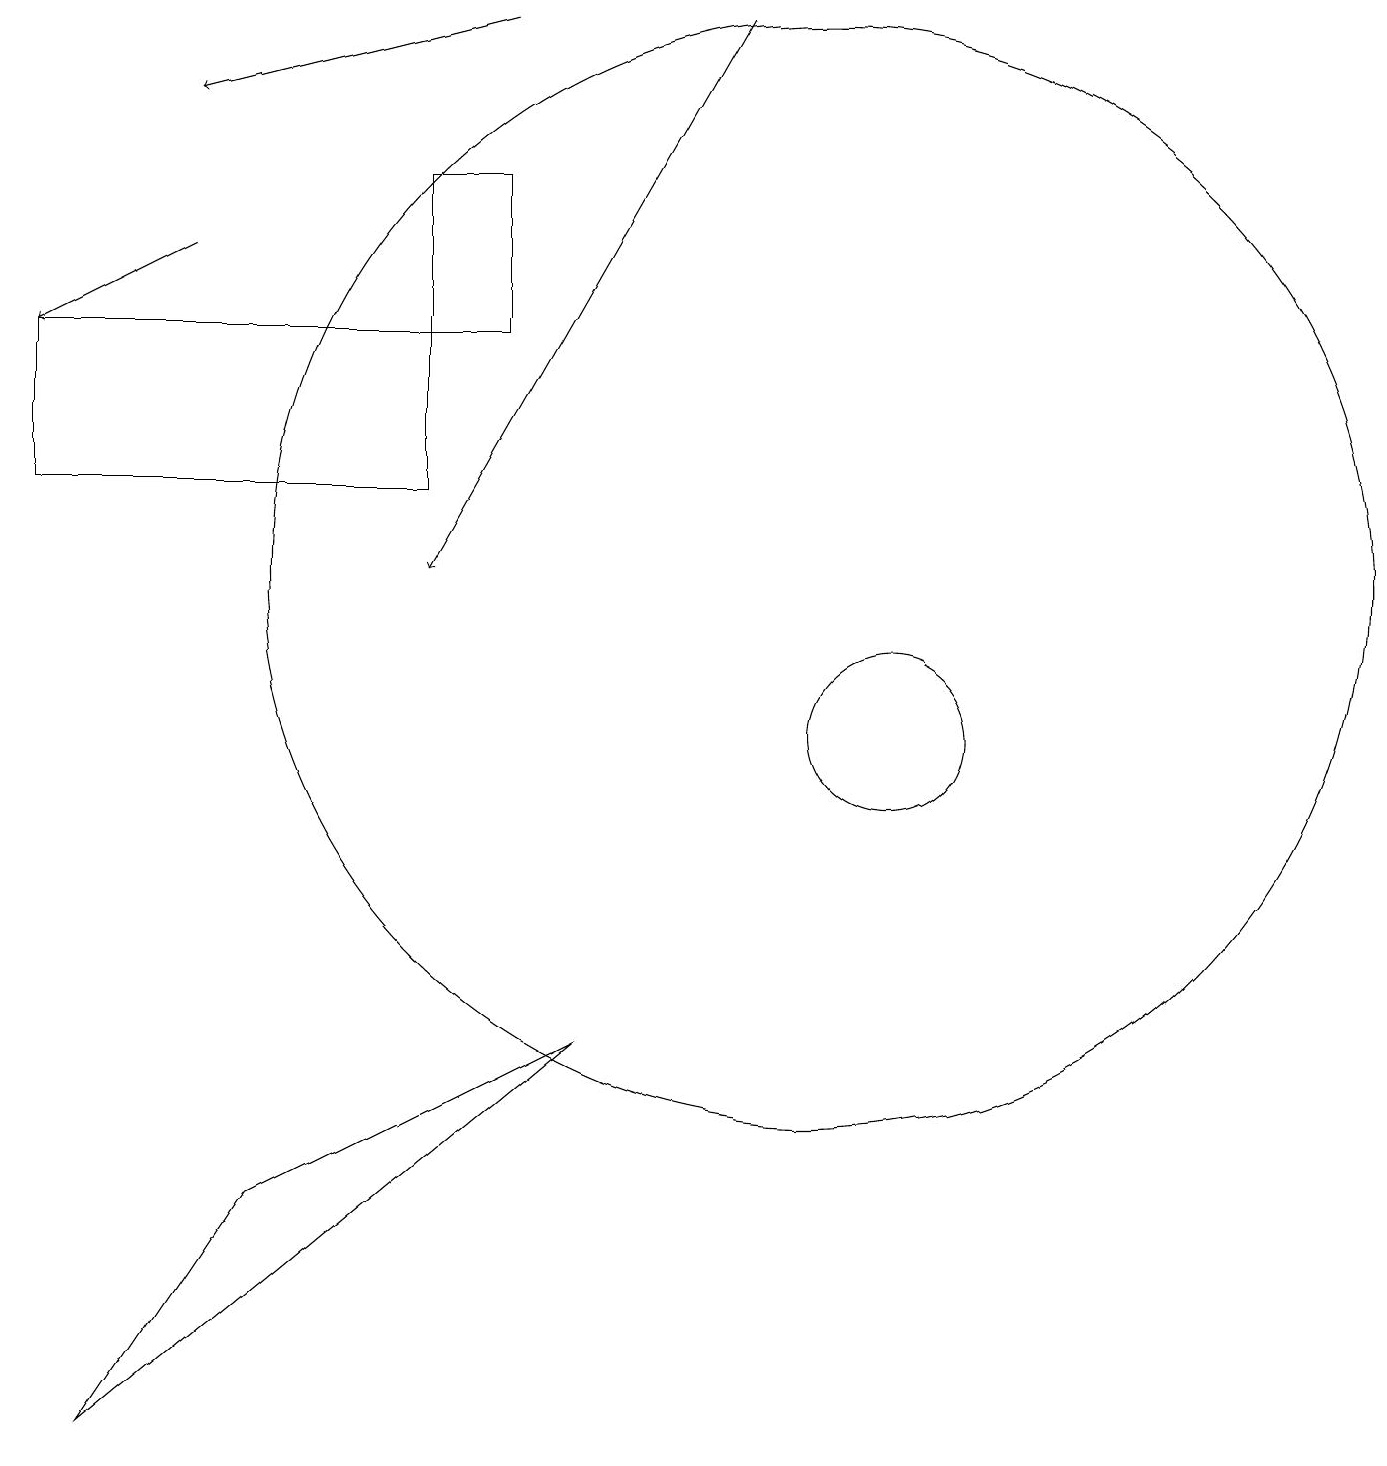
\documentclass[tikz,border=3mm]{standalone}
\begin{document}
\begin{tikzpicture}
\draw[->] (6,19) -- (2,18);
\draw (11,10) circle (1);
\draw (1,1) -- (7,6) -- (3,4) -- cycle;
\draw[->] (2,16) -- (0,15);
\draw (6,15) rectangle (5,17);
\draw (0,15) rectangle (5,13);
\draw[->] (9,19) -- (5,12);
\draw (10,12) circle (7);
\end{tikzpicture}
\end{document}